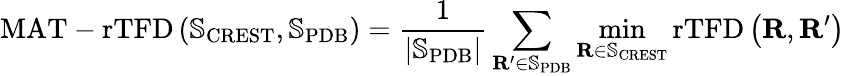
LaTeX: \mathrm{MAT-rTFD}\left(\mathbb{S}_{\mathrm{CREST}},\mathbb{S}_{\mathrm{PDB}}\right)=\frac{1}{\lvert\mathbb{S}_{\mathrm{PDB}}\rvert}\sum_{\mathbf{R}^{\prime}\in\mathbb{S}_{\mathrm{PDB}}}\operatorname*{min}_{\mathbf{R}\in\mathbb{S}_{\mathrm{CREST}}}\mathrm{rTFD}\left(\mathbf{R},\mathbf{R}^{\prime}\right)